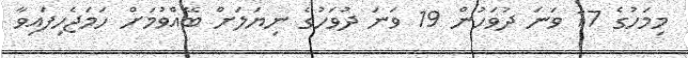
މިމަހުގެ 17 ވަނަ ދުވަހުން 19 ވަނަ ދުވަހުގެ ނިޔަލަށް ބޭއްވުމަށް ހަމަޖެހިފައިވާ